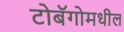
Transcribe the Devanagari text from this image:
टोबॅगोमधील